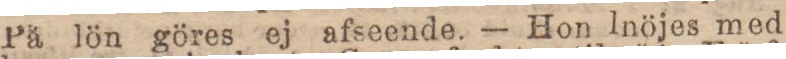
På lön göres ej afseende. – Hon lnöjes med